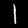
Label: 1